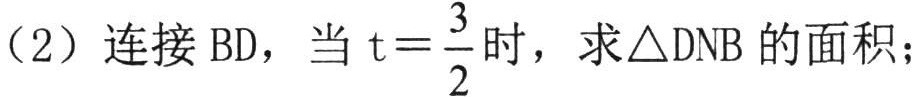
（2）连接 BD，当 \(t = \frac{3}{2}\) 时，求\(\triangle DNB\) 的面积；